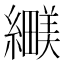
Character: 𬘅